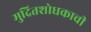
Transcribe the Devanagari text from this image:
मुद्रितशोधकाची